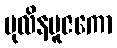
ပုလိနပူဇကော